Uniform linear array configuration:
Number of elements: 48
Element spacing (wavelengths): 0.25
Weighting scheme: blackman
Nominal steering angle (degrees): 15
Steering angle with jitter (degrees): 14.524
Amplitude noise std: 0.05
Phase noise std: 0.05

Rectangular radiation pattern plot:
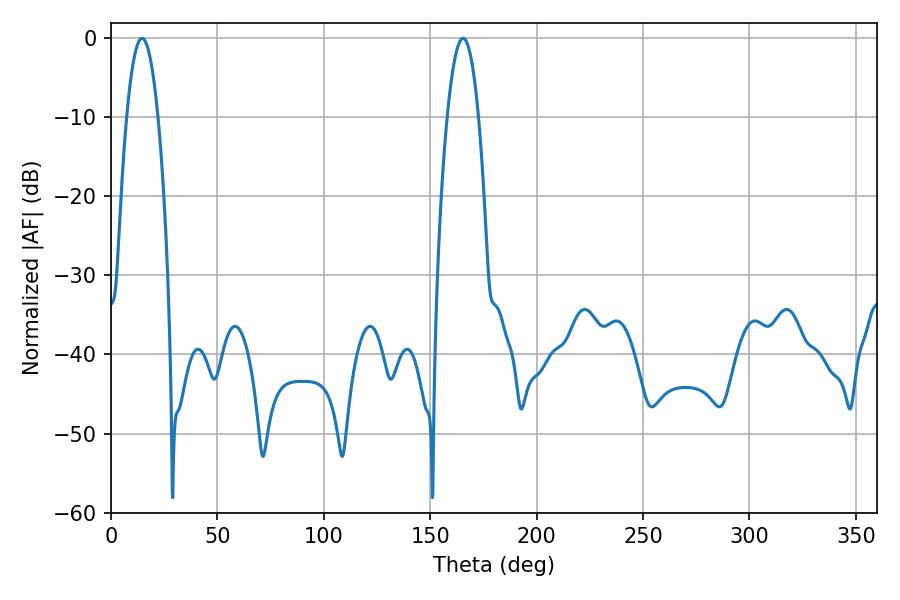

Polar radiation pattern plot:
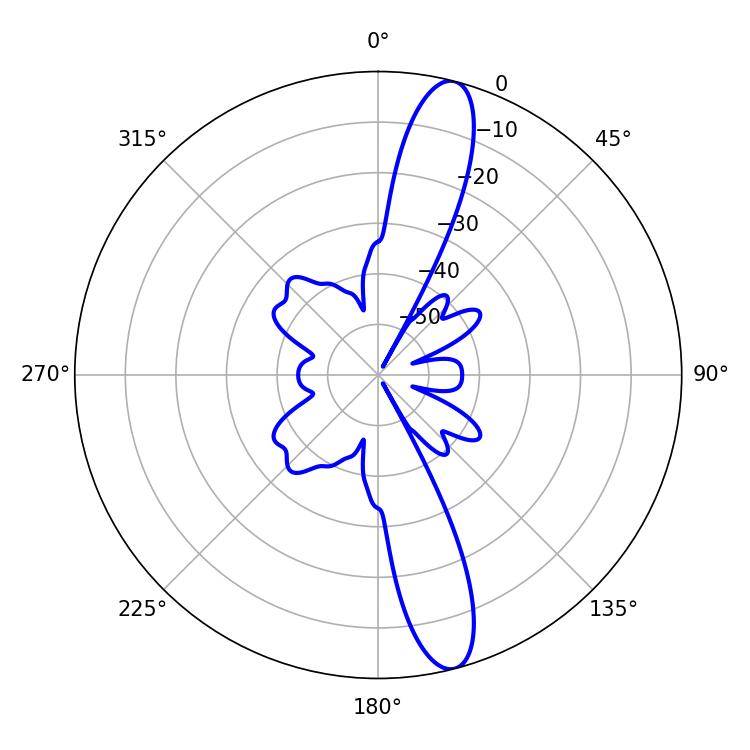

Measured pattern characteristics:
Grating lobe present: FALSE
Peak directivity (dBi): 14.168
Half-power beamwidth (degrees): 8.1
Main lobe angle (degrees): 14.58